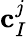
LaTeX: \mathbf{c}_{I}^{j}